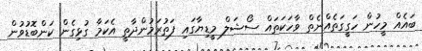
ބައެއް މީހުން ހަގީގަތެއްނެތް ވާހަކަތައް ސޯޝަލް މީޑިޔާގައި ފަތުރަމުންދާތީ އެކަމާ ގުޅިގެން ކަންބޮޑުވުން